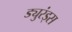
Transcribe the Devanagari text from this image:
ड्युरंड्स